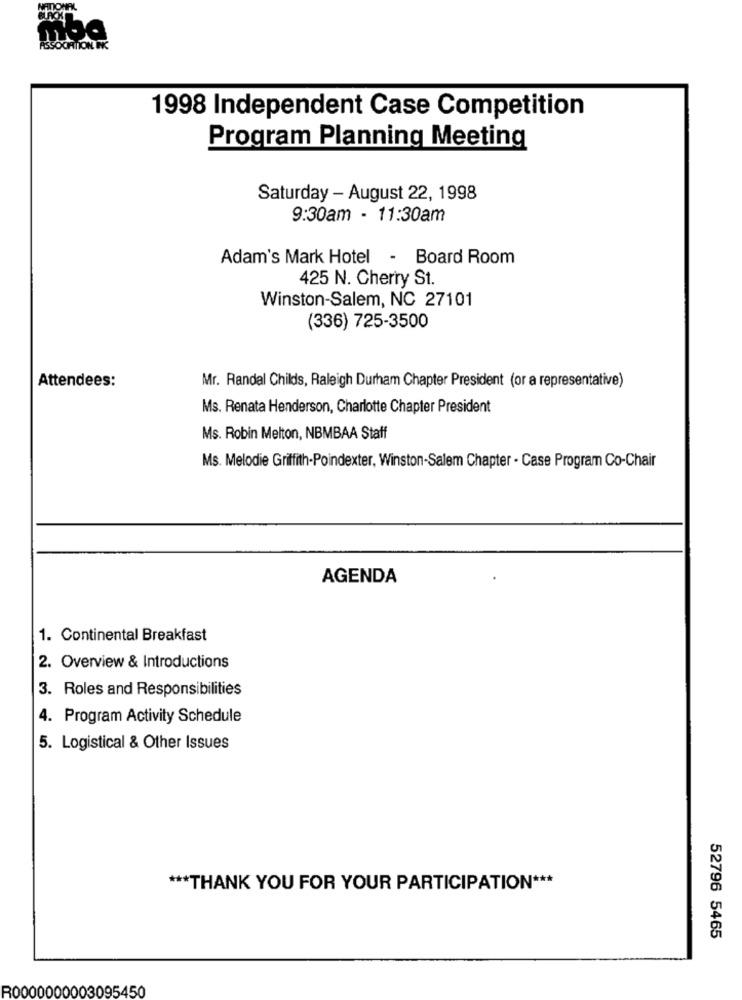
1998 Independent Case Competition
Program Planning Meeting
Saturday - August 22, 1998
9:30am - 11:30am
Adam's Mark Hotel - Board Room
425 N. Cherry St.
Winston-Salem, NC 27101
(336) 725-3500
Attendees:
Mr. Randal Childs, Raleigh Durham Chapter President (or a representative)
Ms. Renata Henderson, Charlotte Chapter President
Ms. Robin Melton, NBMBAA Staff
Ms. Melodie Griffith-Poindexter, Winston-Salem Chapter - Case Program Co-Chair
AGENDA
1. Continental Breakfast
2. Overview & Introductions
3. Roles and Responsibilities
4. Program Activity Schedule
5. Logistical & Other Issues
*** THANK YOU FOR YOUR PARTICIPATION ***
52796 5465
R0000000003095450